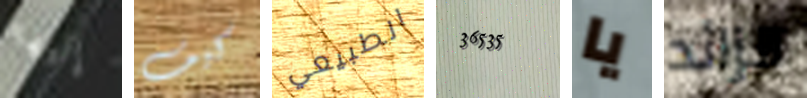
إليها كيف الطبيعي 36535 يا الزائد